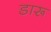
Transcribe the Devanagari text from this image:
डारू